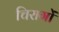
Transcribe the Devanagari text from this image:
चिरागों